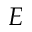
E